Leaving Certificate Examination, 1925
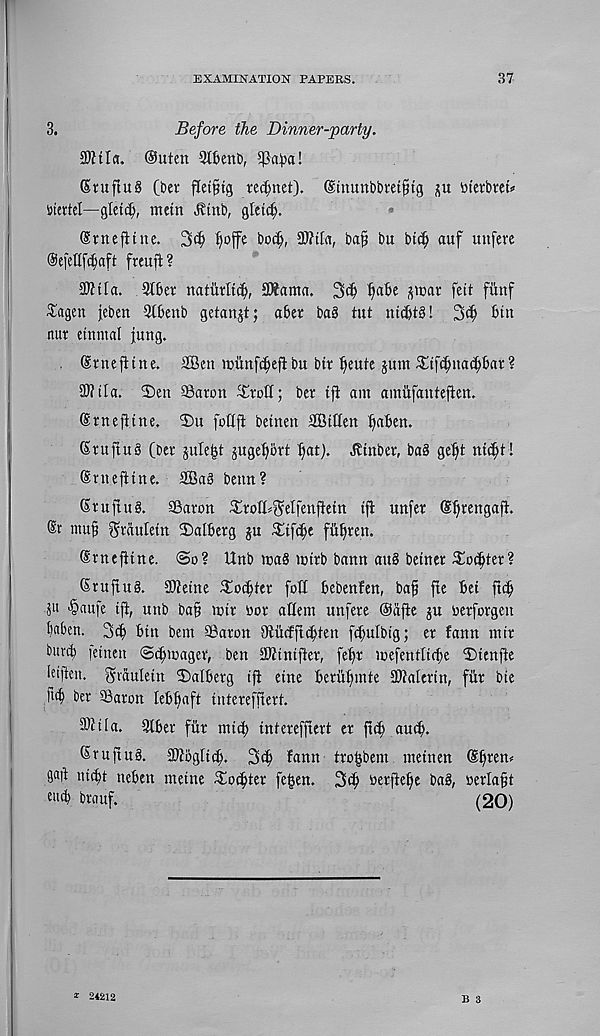
EXAMINATION PAPERS.
37
3.
Before the Dinner-party.
3Mfl. ®uten 210end,
Stuftug (bet flet^tg rennet). (Smunbbmfng ju toterbteu
ijicttcl—glctcO, mein Jbtnb, gteicf;.
Srnejltne. 3(^ ^offe bo^, 3J?tta, ba§ bu btc^ auf unfere
©efetlf^aft freuft?
SOitla. 3t0er natMifO, 3Kamn. 3<0 ^aOe ^mar feit fiinf
Shagen jeben 9t0enb getanjt; aber bag tut nidjtg! 3c0 bin
nur etnmal |ung.
(Emeftine. 2Ben munfcbeft bu bit Ijeute jum ^tf^nac^Oat?
SWtla. 2)en ©aron ^rott; ber tft am amiifanteften.
(Srnefitne. 2)u foQfi beinen SBitten ^aben.
(Stujtug (bee jule&t jugebbrt ^at). ^tnber, bag geijt ni^t !
©rnejttne. 2Bag betm?
Stuftug. SBaron ^rofl^elfenftein tft unfer (S^rengaft.
mu§ ^faulein 2)alberg ju ^tf(|e fii^ren.
Srnejtine. (So? Hub mag mttb bann aug betner ^oc^tet?
Siujtug. 3Jtetne ^oi^ter foil Oebenfen, baf fte bet ft$
P ^nufe ift, unb bafi mtr not: aUem unfere ©ctfie ju oerfovgen
baben. 3cb bin bem SBaron OtMfi^ten fcbulbig; er fann mtr
bwrtb letnen ©cfjmager, ben Stiniiter, fe^r mefentlicbe 2)ienfte
ieitten. gvauletn Dalberg tfi etne berii^mte aWaterin, fitr bte
fid) ber 93aron lebfiaft iuterefftert.
a)itia. 2lber fiir mttb intereffiert er fidj au<b-
®rujtu§. 2)togIt(^. 3$ fann tro^bem metnen (Sb^m
gaft nicbt neben metne ^o^ter fe£en. 3(b berftebe bag, oerla^t
end) brauf.
(20)
B 3
* 24212